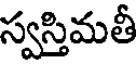
స్వస్తిమతీ